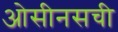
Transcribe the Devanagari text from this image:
ओसीनसची